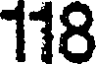
118